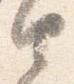
由